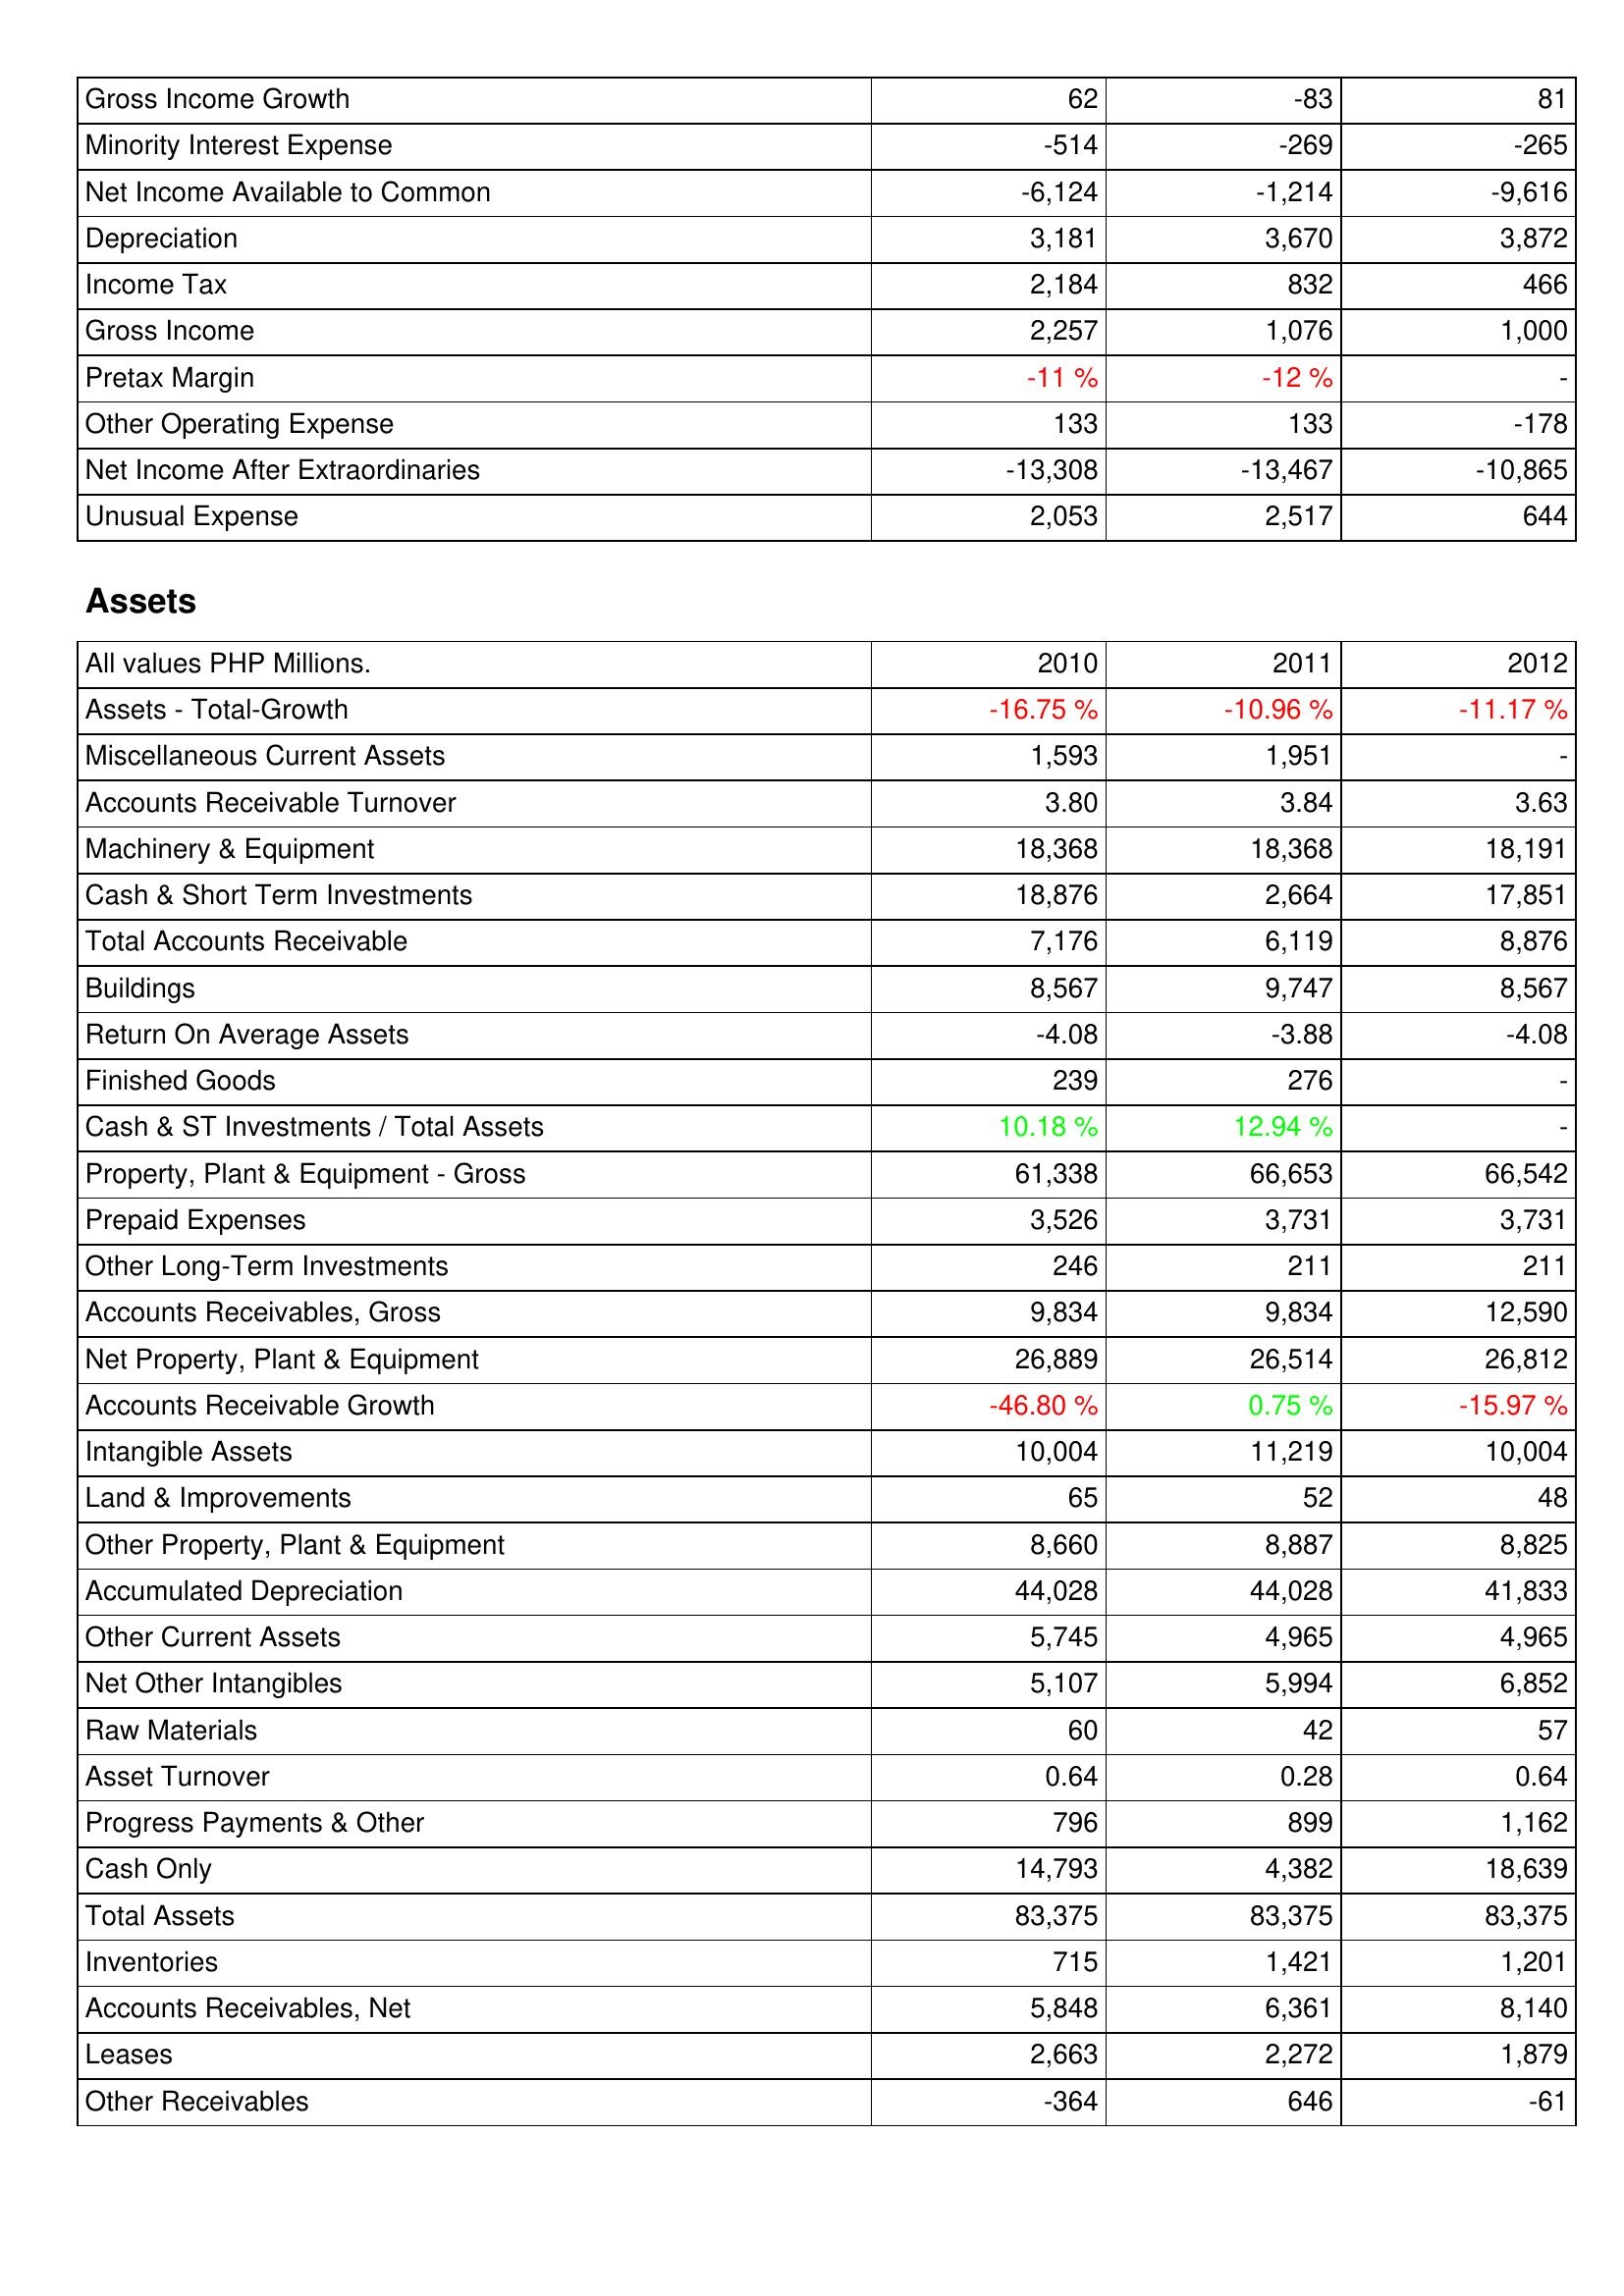
2010: Income Statement: Gross Income Growth: 62
Minority Interest Expense: -514
Net Income Available to Common: -6,124
Depreciation: 3,181
Income Tax: 2,184
Gross Income: 2,257
Pretax Margin: -11 %
Other Operating Expense: 133
Net Income After Extraordinaries: -13,308
Unusual Expense: 2,053
Assets: Assets - Total-Growth: -16.75 %
Miscellaneous Current Assets: 1,593
Accounts Receivable Turnover: 3.80
Machinery & Equipment: 18,368
Cash & Short Term Investments: 18,876
Total Accounts Receivable: 7,176
Buildings: 8,567
Return On Average Assets: -4.08
Finished Goods: 239
Cash & ST Investments / Total Assets: 10.18 %
Property, Plant & Equipment - Gross: 61,338
Prepaid Expenses: 3,526
Other Long-Term Investments: 246
Accounts Receivables, Gross: 9,834
Net Property, Plant & Equipment: 26,889
Accounts Receivable Growth: -46.80 %
Intangible Assets: 10,004
Land & Improvements: 65
Other Property, Plant & Equipment: 8,660
Accumulated Depreciation: 44,028
Other Current Assets: 5,745
Net Other Intangibles: 5,107
Raw Materials: 60
Asset Turnover: 0.64
Progress Payments & Other: 796
Cash Only: 14,793
Total Assets: 83,375
Inventories: 715
Accounts Receivables, Net: 5,848
Leases: 2,663
Other Receivables: -364
2011: Income Statement: Gross Income Growth: -83
Minority Interest Expense: -269
Net Income Available to Common: -1,214
Depreciation: 3,670
Income Tax: 832
Gross Income: 1,076
Pretax Margin: -12 %
Other Operating Expense: 133
Net Income After Extraordinaries: -13,467
Unusual Expense: 2,517
Assets: Assets - Total-Growth: -10.96 %
Miscellaneous Current Assets: 1,951
Accounts Receivable Turnover: 3.84
Machinery & Equipment: 18,368
Cash & Short Term Investments: 2,664
Total Accounts Receivable: 6,119
Buildings: 9,747
Return On Average Assets: -3.88
Finished Goods: 276
Cash & ST Investments / Total Assets: 12.94 %
Property, Plant & Equipment - Gross: 66,653
Prepaid Expenses: 3,731
Other Long-Term Investments: 211
Accounts Receivables, Gross: 9,834
Net Property, Plant & Equipment: 26,514
Accounts Receivable Growth: 0.75 %
Intangible Assets: 11,219
Land & Improvements: 52
Other Property, Plant & Equipment: 8,887
Accumulated Depreciation: 44,028
Other Current Assets: 4,965
Net Other Intangibles: 5,994
Raw Materials: 42
Asset Turnover: 0.28
Progress Payments & Other: 899
Cash Only: 4,382
Total Assets: 83,375
Inventories: 1,421
Accounts Receivables, Net: 6,361
Leases: 2,272
Other Receivables: 646
2012: Income Statement: Gross Income Growth: 81
Minority Interest Expense: -265
Net Income Available to Common: -9,616
Depreciation: 3,872
Income Tax: 466
Gross Income: 1,000
Pretax Margin: -
Other Operating Expense: -178
Net Income After Extraordinaries: -10,865
Unusual Expense: 644
Assets: Assets - Total-Growth: -11.17 %
Miscellaneous Current Assets: -
Accounts Receivable Turnover: 3.63
Machinery & Equipment: 18,191
Cash & Short Term Investments: 17,851
Total Accounts Receivable: 8,876
Buildings: 8,567
Return On Average Assets: -4.08
Finished Goods: -
Cash & ST Investments / Total Assets: -
Property, Plant & Equipment - Gross: 66,542
Prepaid Expenses: 3,731
Other Long-Term Investments: 211
Accounts Receivables, Gross: 12,590
Net Property, Plant & Equipment: 26,812
Accounts Receivable Growth: -15.97 %
Intangible Assets: 10,004
Land & Improvements: 48
Other Property, Plant & Equipment: 8,825
Accumulated Depreciation: 41,833
Other Current Assets: 4,965
Net Other Intangibles: 6,852
Raw Materials: 57
Asset Turnover: 0.64
Progress Payments & Other: 1,162
Cash Only: 18,639
Total Assets: 83,375
Inventories: 1,201
Accounts Receivables, Net: 8,140
Leases: 1,879
Other Receivables: -61